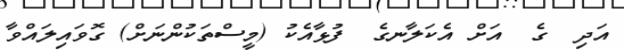
އަދި  ގެ  އަށް އެކަލާނގެ  ފުޅާއެކު (މީސްތަކުންނަށް) ގޮވައިލައްވާ